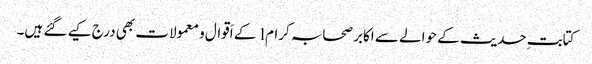
کتابتِ حدیث کے حوالے سے اکابر صحابہ کرام l کے اَقوال و معمولات بھی درج کیے گئے ہیں۔